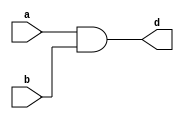
module and_gate(d,b,a);
wire c;
output d;
input a,b;

nand(c,a,b);
nand(d,c,c);
endmodule